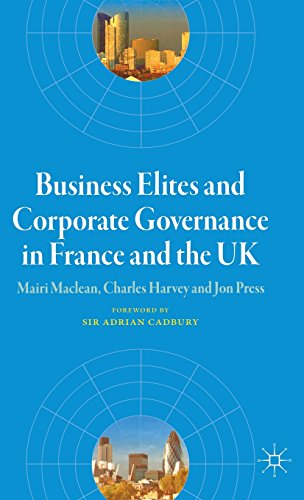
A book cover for Business Elites and Corporate Governance in France and the UK (French Politics, Society and Culture); Mairi Maclean; Business & Money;